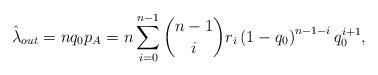
LaTeX: \begin{align*}\hat{\lambda}_{out}=n q_0 p_A=n\sum_{i=0}^{n-1}\binom{n-1}{i} r_i \left(1-q_0\right)^{n-1-i} q_0^{i+1},\end{align*}